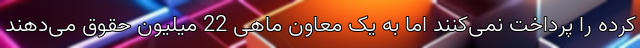
کرده را پرداخت نمی‌کنند اما به یک معاون ماهی 22 میلیون حقوق می‌دهند